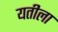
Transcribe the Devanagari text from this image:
यतीला